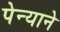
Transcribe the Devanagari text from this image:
पेन्याने